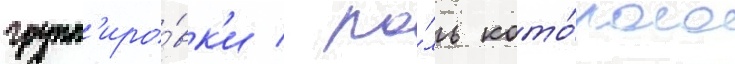
групп'иро́вк'и / ро́ль кото́рого